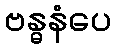
ဗန္ဓနံပေ